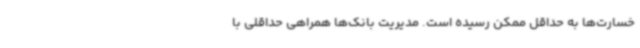
خسارت‌ها به حداقل ممکن رسیده است. مدیریت بانک‌ها همراهی حداقلی با